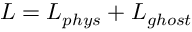
{ \cal L } = { \cal L } _ { p h y s } + { \cal L } _ { g h o s t }